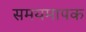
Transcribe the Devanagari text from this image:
समयमापक